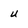
Character: U